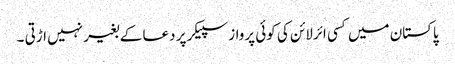
پاکستان میں کسی ائرلائن کی کوئی پرواز سپیکر پر دعا کے بغیر نہیں اڑتی ۔